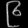
Digit: ၉